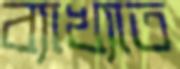
ব্যাখ্যাত